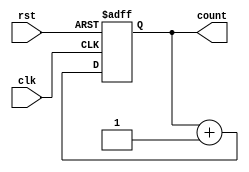
module ripple_counter (
    input wire clk,               // Clock signal
    input wire rst,               // Asynchronous reset signal
    output reg [3:0] count        // 4-bit counter output
);

    // Process for counting
    always @(posedge clk or posedge rst) begin
        if (rst) begin
            count <= 4'b0000;      // Reset the counter to 0
        end else begin
            count <= count + 1;    // Increment the count
        end
    end

endmodule